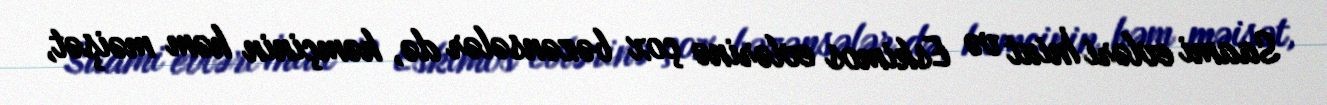
Saami evləri İniut və Eskimos evlərinə çox bəzənsələr də, həmçinin həm məişət,